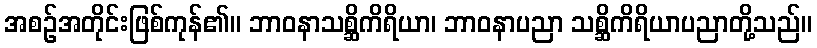
အစဉ်အတိုင်းဖြစ်ကုန်၏။ ဘာဝနာသစ္ဆိကိရိယာ၊ ဘာဝနာပညာ သစ္ဆိကိရိယာပညာတို့သည်။